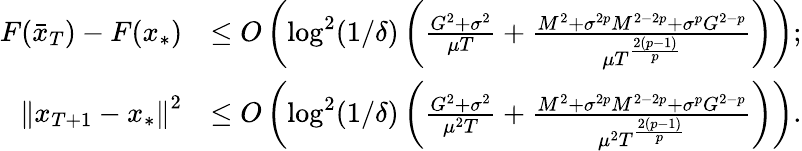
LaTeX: \begin{array}{rl}{F(\bar{x}_{T})-F(x_{*})}&{\leq O\left(\log^{2}(1/\delta)\left(\frac{G^{2}+\sigma^{2}}{\mu T}+\frac{M^{2}+\sigma^{2p}M^{2-2p}+\sigma^{p}G^{2-p}}{\mu T^{\frac{2(p-1)}{p}}}\right)\right);}\\ {\left\Vert x_{T+1}-x_{*}\right\Vert^{2}}&{\leq O\left(\log^{2}(1/\delta)\left(\frac{G^{2}+\sigma^{2}}{\mu^{2}T}+\frac{M^{2}+\sigma^{2p}M^{2-2p}+\sigma^{p}G^{2-p}}{\mu^{2}T^{\frac{2(p-1)}{p}}}\right)\right).}\end{array}